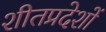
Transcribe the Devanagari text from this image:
शीतप्रदेशों